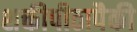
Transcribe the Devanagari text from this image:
शक्तीपीठापैकी